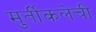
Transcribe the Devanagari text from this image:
मुर्तीकलेची